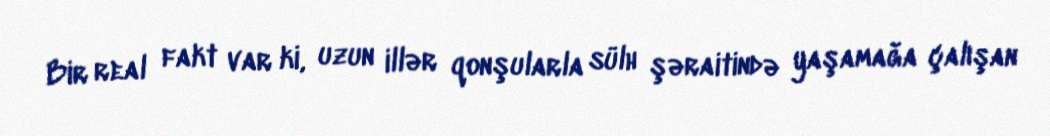
Bir real fakt var ki, uzun illər qonşularla sülh şəraitində yaşamağa çalışan